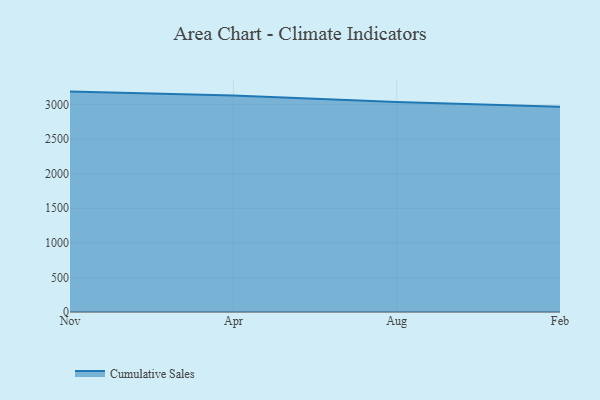
{"axis": {"x": "Month", "y": "Production Output"}, "legend": ["Cumulative Sales"], "data": [{"x": "Nov", "y": 3187.3, "type": "Cumulative Sales"}, {"x": "Apr", "y": 3129.8, "type": "Cumulative Sales"}, {"x": "Aug", "y": 3036.4, "type": "Cumulative Sales"}, {"x": "Feb", "y": 2970.0, "type": "Cumulative Sales"}]}